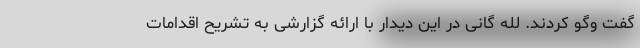
گفت وگو کردند. لله گانی در این دیدار با ارائه گزارشی به تشریح اقدامات